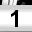
Digit: 1